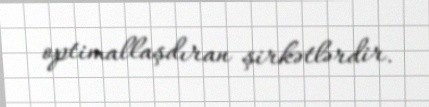
optimallaşdıran şirkətlərdir.